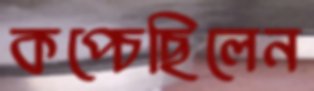
কপ্‌চেছিলেন